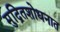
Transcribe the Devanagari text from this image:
मुद्रितशोधनात